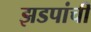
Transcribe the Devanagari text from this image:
झडपांची